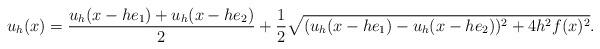
LaTeX: \begin{align*}u_h(x) =\frac{u_h(x-he_1) + u_h(x-he_2)}{2} + \frac{1}{2}\sqrt{(u_h(x-he_1) - u_h(x-he_2))^2 + 4h^2f(x)^2 }. \end{align*}